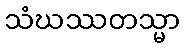
သံဃဿတသ္မာ